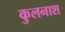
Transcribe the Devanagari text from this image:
कुलनाश